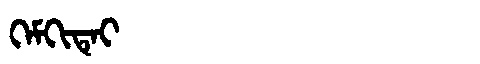
Manchu: ᡴᡝᠮᡴᡳᡨᡝᡳ
Romanization: KEMKITEI